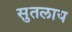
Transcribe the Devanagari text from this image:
सुतलाय